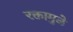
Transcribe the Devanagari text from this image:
रक्तामुळे